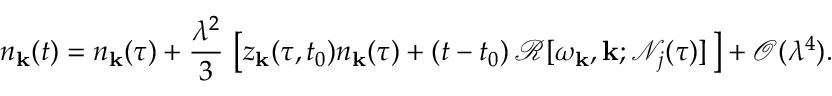
n _ { \mathbf { k } } ( t ) = n _ { \mathbf { k } } ( \tau ) + \frac { \lambda ^ { 2 } } { 3 } \, \left[ z _ { \mathbf { k } } ( \tau , t _ { 0 } ) n _ { \mathbf { k } } ( \tau ) + ( t - t _ { 0 } ) \, \mathcal { R } [ \omega _ { \mathbf { k } } , \mathbf { k } ; \mathcal { N } _ { j } ( \tau ) ] \, \right] + \mathcal { O } ( \lambda ^ { 4 } ) .